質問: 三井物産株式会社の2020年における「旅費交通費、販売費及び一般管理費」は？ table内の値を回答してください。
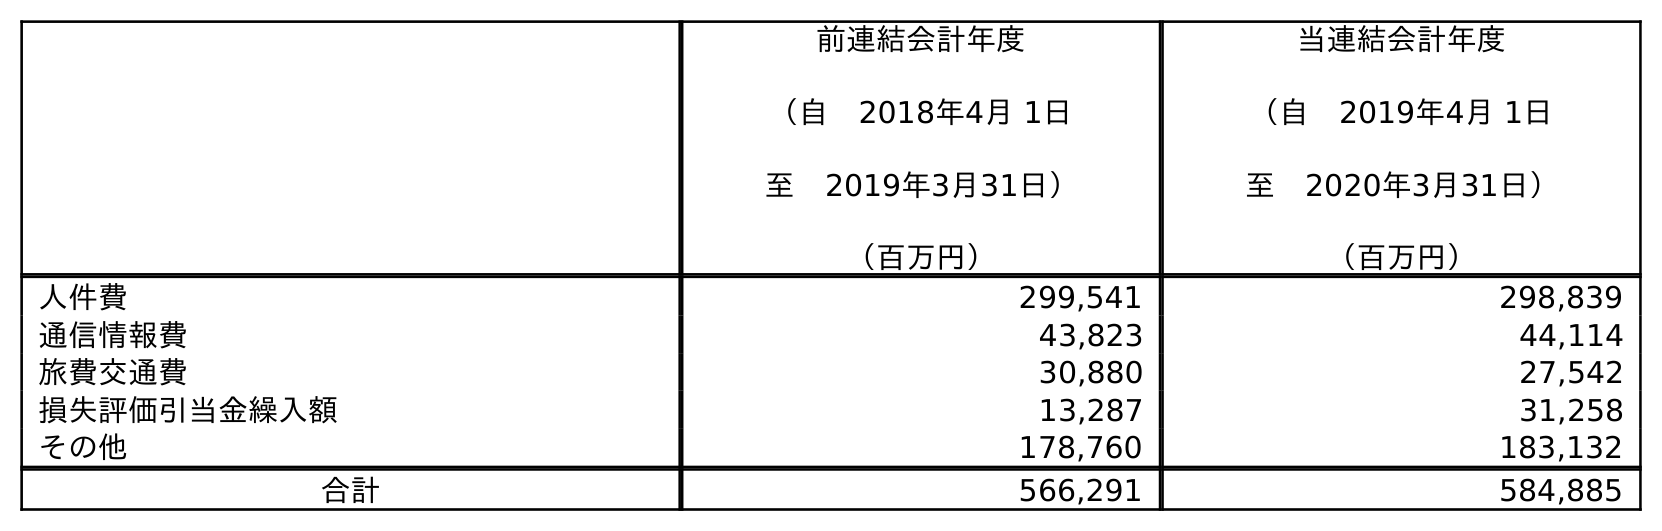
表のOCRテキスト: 前連結会計年度 （自 2018年4月 1日 至 2019年3月31日） （百万円） 当連結会計年度 （自 2019年4月 1日 至 2020年3月31日） （百万円） 人件費 299,541 298,839 通信情報費 43,823 44,114 旅費交通費 30,880 27,542 損失評価引当金繰入額 13,287 31,258 その他 178,760 183,132 合計 566,291 584,885
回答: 27,542